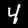
Label: 4